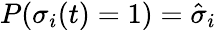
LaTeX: P(\sigma_{i}(t)=1)=\hat{\sigma}_{i}